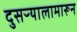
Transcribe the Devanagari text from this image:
दुसऱ्यालामारून